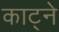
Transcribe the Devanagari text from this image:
काट्ने